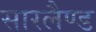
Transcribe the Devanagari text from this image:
सारलैण्ड